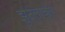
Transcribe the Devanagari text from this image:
झुठलाकर